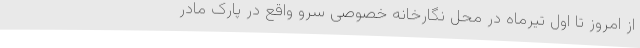
از امروز تا اول تیرماه در محل نگارخانه خصوصی سرو واقع در پارک مادر